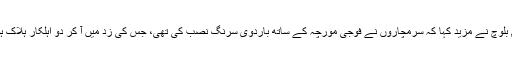
گہرام بلوچ نے مزید کہا کہ سرمچاروں نے فوجی مورچہ کے ساتھ باردوی سرنگ نصب کی تھی، جس کی زد میں آ کر دو اہلکار ہلاک ہوئے۔